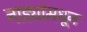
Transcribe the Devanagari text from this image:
नाड्यांमधून